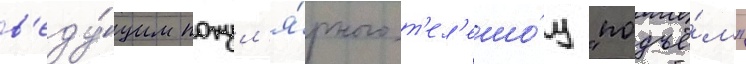
в'еду́щим попул'я́рного т'ел'ешо́у "подъё́м"